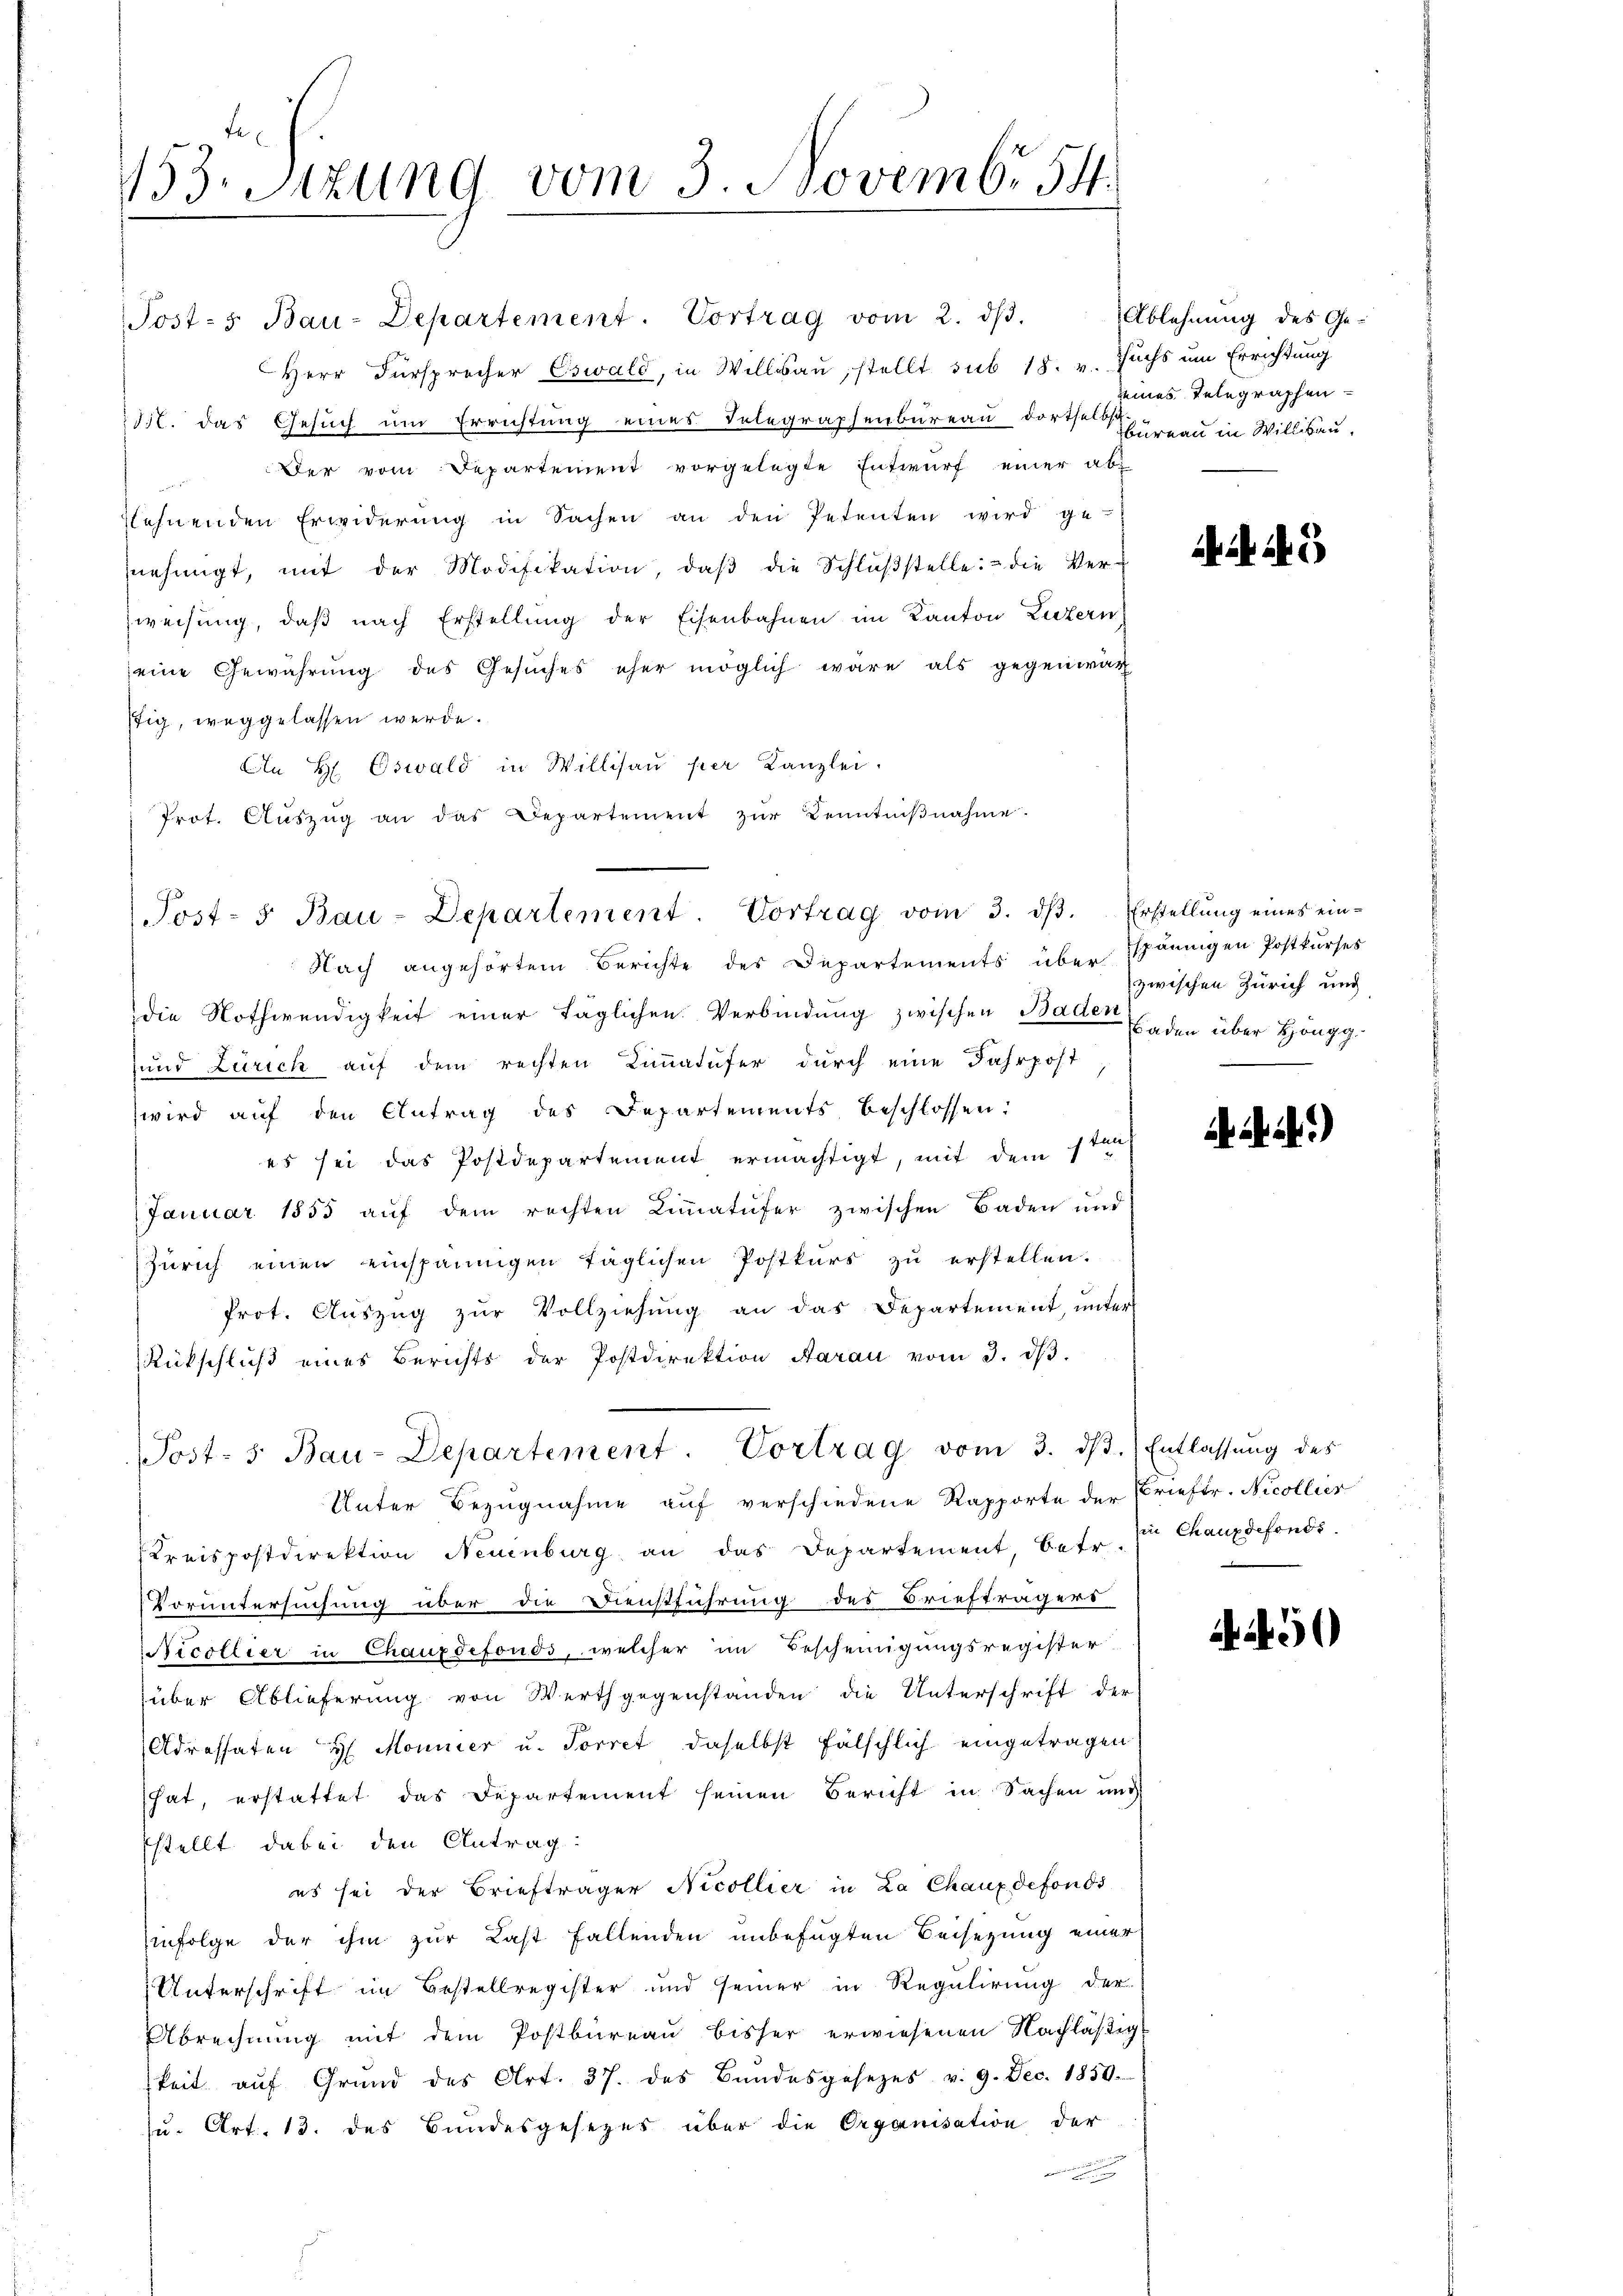
153. Sitzung vom 3. Novembr 54.

Post-5 Bau-Departement. Vortrag vom 2. dβ.
Herr Fürsprecher Eswald, in Willsau, stellt sub 18. v. Fuchs um Errichtung
M. das Gesuch um Errichtung eines Telegraphenbureau dorte Bureau in Willisau,
 Der vom Departement vorgelegte Entwurf einer ab
lehnenden Erwiderŭng in Sachen an den Petenten wird ge-
nehmigt, mit der Modifikation, daβ die Schlŭβstelle: die Ver-
weisung, daß nach Erstellung der Eisenbahnen im Kanton Luzern
eine Gewährung des Gesuches eher möglich wäre als gegenwär
stig, weggelassen werde.
An Hr. Oswald in Willisau per Kanzlei.
Prot. Aŭszŭg an das Departement zŭr Kenntniβnahme.
Nach angehörtem Berichte des Departements über spännigen Postkŭrses
die Nothwendigkeit einer täglichen Verbindung zwischen Baden
und Zürich auf dem rechten Limmatufer durch eine Jahrpost
wird auf den Antrag des Departements beschlossen:
es sei das Postdepartement ermächtigt, mit dem sten
Januar 1855 aŭf dem rechten Limmatufer zwischen Baden und
Zürich einen einspännigen täglichen Postkurs zu erstellen.
Prot. Aŭszŭg zŭr Vollziehŭng an das Departement, ŭnter
Rückschlŭβ eines Berichts der Postdirektion Aarau vom 3. dβ.
Post- 5. Bau-Departement. Vortrag vom 3. dβ. Entlassŭng des
Unter Bezugnahme auf verschiedene Rapporte der Brieftr. Nicollier
Kreispostdirektion Neuenburg an das Departement, betr. Er Chauxdefonds
Voruntersuchung über die Dienstführung des Briefträgers
Nicollier in Chauxdefonds, welcher im Bescheinigungsregister
über Ablieferung von Werthgegenstanden die Unterschrift der
Adressaten H. Monnier u. Torret, daselbst fälschlich eingetragen
hat, erstattet das Departement seinen Bericht in Sachen und
sstellt dabei den Antrag:
es sei der Briefträger Nicollier in La Chaux defonds
infolge der ihm zur Last fallenden unbefugten Beisezung einer
Unterschrift im Bestellregister und seiner in Regulirung der
Abrechnung mit dem Postbureau bisher erwiesenen Nachläßig
keit aŭf Grŭnd des Art. 37. des Bŭndesgesezes v. 9. Dec. 1850.
u. Art. 13. des Bundesgesezes über die Organisation der
en

Post- 5. Bau-Departement. Vortrag vom 3. dβ. Erstellŭng eines ein-

Ablehnung des Ge-
seines Telegraphen

.

3

zwischen Zürich und
Baden über Höngg.

)

50